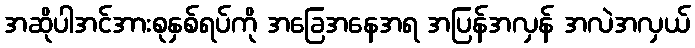
အဆိုပါအင်အားစုနှစ်ရပ်ကို အခြေအနေအရ အပြန်အလှန် အလဲအလှယ်